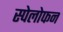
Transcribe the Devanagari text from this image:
स्पेलोफन